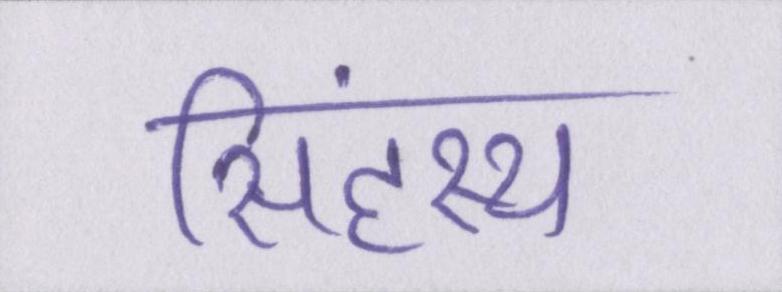
सिंहस्थ